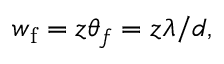
w _ { \mathrm { f } } = z \theta _ { f } = z \lambda / d ,